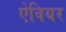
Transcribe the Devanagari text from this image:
ऐवियर